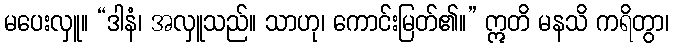
မပေးလှူ။ “ဒါနံ၊ အလှူသည်။ သာဟု၊ ကောင်းမြတ်၏။” ဣတိ မနသိ ကရိတွာ၊